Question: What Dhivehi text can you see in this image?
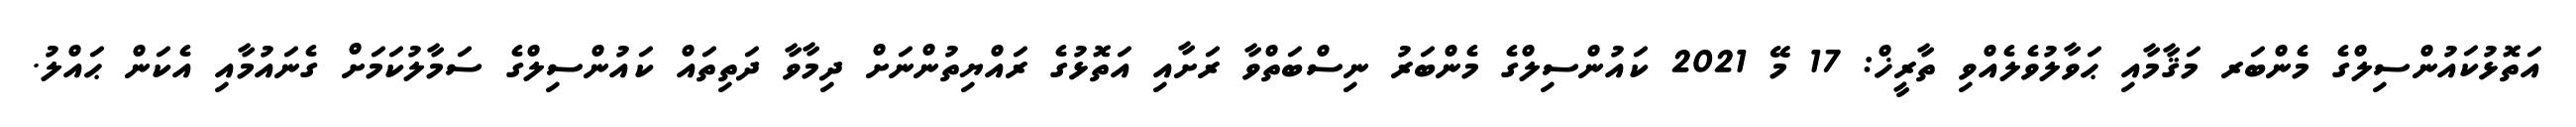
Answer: އަތޮޅުކައުންސިލްގެ މެންބަރ މަޤާމާއި ޙަވާލުވެލެއްވި ތާރީޚް: 17 މޭ 2021 ކައުންސިލްގެ މެންބަރު ނިސްބަތްވާ ރަށާއި އަތޮޅުގެ ރައްޔިތުންނަށް ދިމާވާ ދަތިތައް ކައުންސިލްގެ ސަމާލުކަމަށް ގެނައުމާއި އެކަން ޙައްލު.